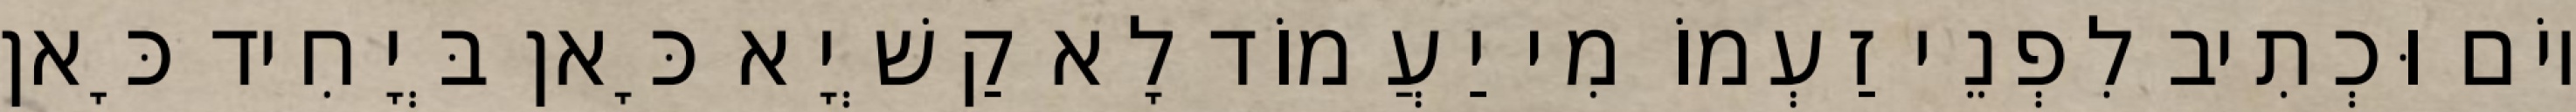
יוֹם וּכְתִיב לִפְנֵי זַעְמוֹ מִי יַעֲמוֹד לָא קַשְׁיָא כָּאן בְּיָחִיד כָּאן